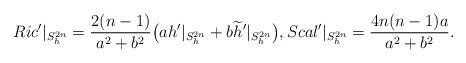
LaTeX: \begin{align*}Ric'|_{S_h^{2n}}=\frac{2(n-1)}{a^2+b^2}\bigl(ah'|_{S_h^{2n}}+b\widetilde{h}'|_{S_h^{2n}}\bigr), Scal'|_{S_h^{2n}}=\frac{4n(n-1)a}{a^2+b^2}.\end{align*}